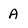
Character: A